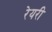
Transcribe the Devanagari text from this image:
रेयरी